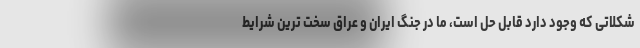
شکلاتی که وجود دارد قابل حل است، ما در جنگ ایران و عراق سخت ترین شرایط